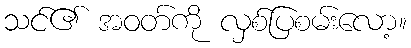
သင်၏ အဝတ်ကို လှစ်ပြစမ်းလော့။